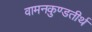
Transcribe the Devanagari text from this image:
वामनकुण्डतीर्थ